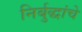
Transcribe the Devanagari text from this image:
निर्बुद्धांचे